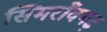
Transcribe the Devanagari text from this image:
सिमराँवगढ़